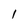
Character: 1